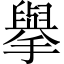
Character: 擧